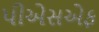
પીએસએફ